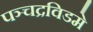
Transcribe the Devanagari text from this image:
पञ्चद्रविडमे